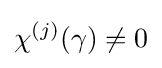
\chi ^{(j)}(\gamma )\neq 0